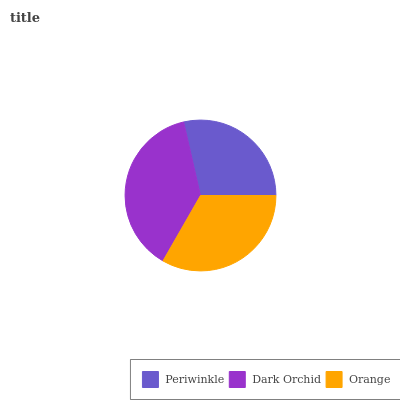
| Periwinkle | Dark Orchid | Orange |
 | --- | --- | --- |
 | 28.6% | 38.2% | 33.2% |